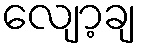
လျော့ချ